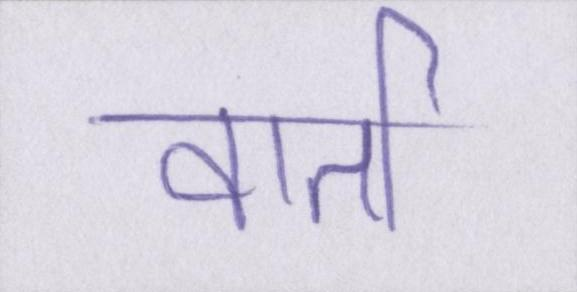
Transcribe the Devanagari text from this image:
वार्ता